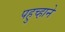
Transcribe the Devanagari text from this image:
पहुच्हाने